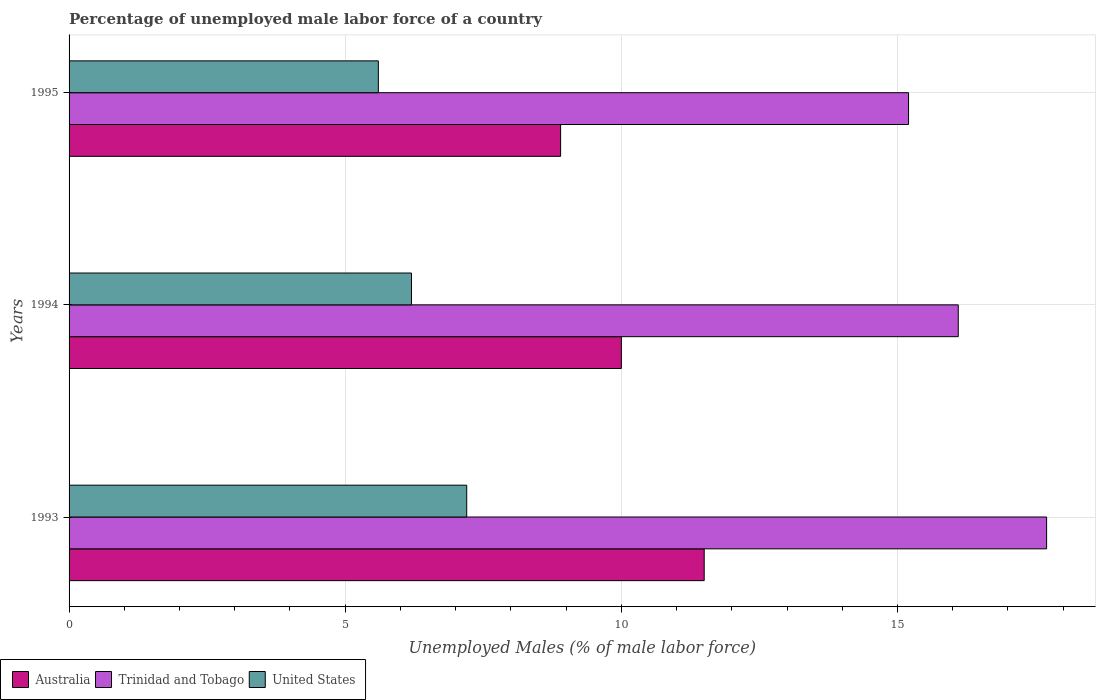
| Years | Australia | Trinidad and Tobago | United States |
 | --- | --- | --- | --- |
 | 1993 | 11.5 | 17.7 | 7.2 |
 | 1994 | 10 | 16.1 | 6.2 |
 | 1995 | 8.9 | 15.2 | 5.6 |